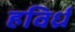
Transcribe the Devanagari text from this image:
हविर्ध्र